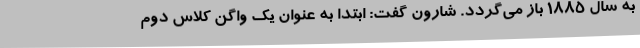
به سال ۱۸۸۵ باز می‌گردد. شارون گفت: ابتدا به عنوان یک واگن کلاس دوم